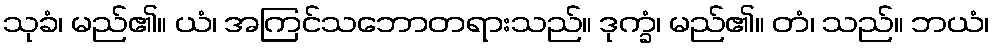
သုခံ၊ မည်၏။ ယံ၊ အကြင်သဘောတရားသည်။ ဒုက္ခံ၊ မည်၏။ တံ၊ သည်။ ဘယံ၊